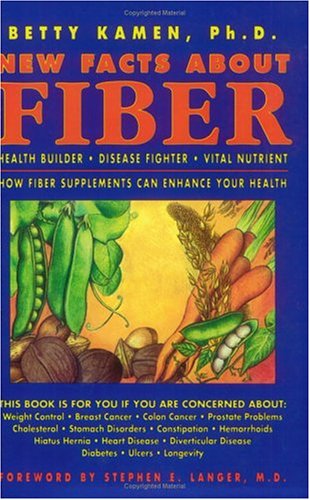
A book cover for New Facts About Fiber: Health Builder Disease Fighter Vita; Betty Kamen; Health, Fitness & Dieting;